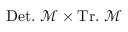
\ \mathrm { D e t . } \ \mathcal { M } \times \mathrm { T r . } \ \mathcal { M }